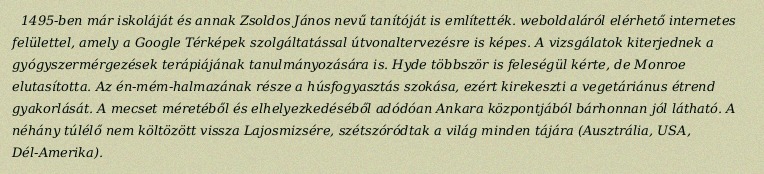
1495-ben már iskoláját és annak Zsoldos János nevű tanítóját is említették. weboldaláról elérhető internetes felülettel, amely a Google Térképek szolgáltatással útvonaltervezésre is képes. A vizsgálatok kiterjednek a gyógyszermérgezések terápiájának tanulmányozására is. Hyde többször is feleségül kérte, de Monroe elutasította. Az én-mém-halmazának része a húsfogyasztás szokása, ezért kirekeszti a vegetáriánus étrend gyakorlását. A mecset méretéből és elhelyezkedéséből adódóan Ankara központjából bárhonnan jól látható. A néhány túlélő nem költözött vissza Lajosmizsére, szétszóródtak a világ minden tájára (Ausztrália, USA, Dél-Amerika).